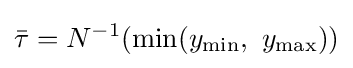
{\bar {\tau }}=N^{-1}(\min(y_{\min },\ y_{\max }))